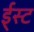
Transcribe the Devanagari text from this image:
ई्स्ट